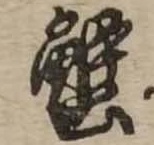
蟹